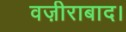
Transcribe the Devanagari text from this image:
वज़ीराबाद।